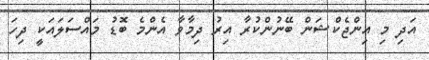
އަދި މި އިންޖެކްޝަން ބޭނުންކުރާ އިރު ދިމާވާ އެންމެ ބޮޑު މައްސަލައަކީ ދިހަ